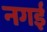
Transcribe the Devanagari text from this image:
नगई